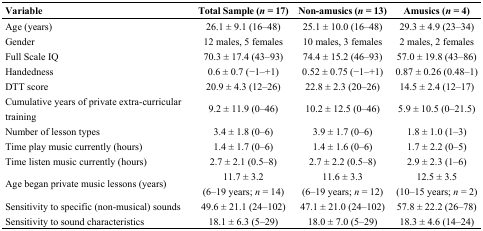
<table><thead><tr><td><b>Variable</b></td><td><b>Total Sample (<i>n</i> = 17)</b></td><td><b>Non-amusics (<i>n</i> = 13)</b></td><td><b>Amusics (<i>n</i> = 4)</b></td></tr></thead><tbody><tr><td>Age (years)</td><td>26.1 ± 9.1 (16–48)</td><td>25.1 ± 10.0 (16–48)</td><td>29.3 ± 4.9 (23–34)</td></tr><tr><td>Gender</td><td>12 males, 5 females</td><td>10 males, 3 females</td><td>2 males, 2 females</td></tr><tr><td>Full Scale IQ</td><td>70.3 ± 17.4 (43–93)</td><td>74.4 ± 15.2 (46–93)</td><td>57.0 ± 19.8 (43–86)</td></tr><tr><td>Handedness</td><td>0.6 ± 0.7 (−1–+1)</td><td>0.52 ± 0.75 (−1–+1)</td><td>0.87 ± 0.26 (0.48–1)</td></tr><tr><td>DTT score</td><td>20.9 ± 4.3 (12–26)</td><td>22.8 ± 2.3 (20–26)</td><td>14.5 ± 2.4 (12–17)</td></tr><tr><td>Cumulative years of private extra-curricular training</td><td>9.2 ± 11.9 (0–46)</td><td>10.2 ± 12.5 (0–46)</td><td>5.9 ± 10.5 (0–21.5)</td></tr><tr><td>Number of lesson types</td><td>3.4 ± 1.8 (0–6)</td><td>3.9 ± 1.7 (0–6)</td><td>1.8 ± 1.0 (1–3)</td></tr><tr><td>Time play music currently (hours)</td><td>1.4 ± 1.7 (0–6)</td><td>1.4 ± 1.6 (0–6)</td><td>1.7 ± 2.2 (0–5)</td></tr><tr><td>Time listen music currently (hours)</td><td>2.7 ± 2.1 (0.5–8)</td><td>2.7 ± 2.2 (0.5–8)</td><td>2.9 ± 2.3 (1–6)</td></tr><tr><td>Age began private music lessons (years)</td><td>11.7 ± 3.2 (6–19 years; <i>n</i> = 14)</td><td>11.6 ± 3.3 (6–19 years; <i>n</i> = 12)</td><td>12.5 ± 3.5 (10–15 years; <i>n</i> = 2)</td></tr><tr><td>Sensitivity to specific (non-musical) sounds</td><td>49.6 ± 21.1 (24–102)</td><td>47.1 ± 21.0 (24–102)</td><td>57.8 ± 22.2 (26–78)</td></tr><tr><td>Sensitivity to sound characteristics</td><td>18.1 ± 6.3 (5–29)</td><td>18.0 ± 7.0 (5–29)</td><td>18.3 ± 4.6 (14–24)</td></tr></tbody></table>